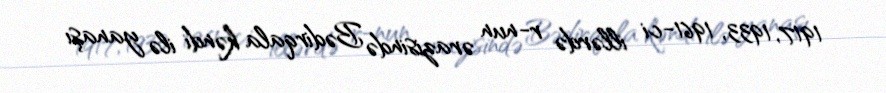
1917, 1933, 1961-ci illərdə r-nun ərazisində Bədirqala kəndi ilə yanaşı